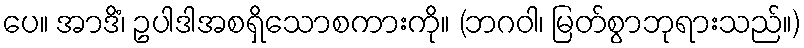
ပေ။ အာဒိံ၊ ဥပါဒါအစရှိသောစကားကို။ (ဘဂဝါ၊ မြတ်စွာဘုရားသည်။)